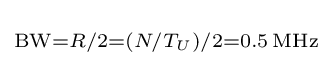
\scriptstyle \mathrm {BW} =R/2=(N/T_{U})/2=0.5\,\mathrm {MHz}